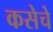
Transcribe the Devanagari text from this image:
कसेचे